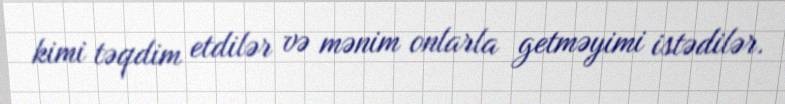
kimi təqdim etdilər və mənim onlarla getməyimi istədilər.